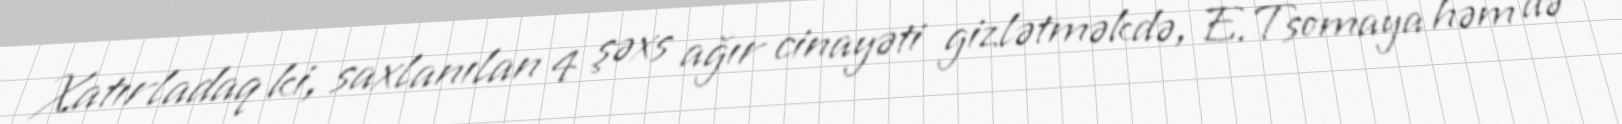
Xatırladaq ki, saxlanılan 4 şəxs ağır cinayəti gizlətməkdə, E.Tsomaya həm də